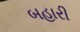
બહારી